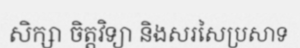
សិក្សា ចិត្តវិទ្យា និងសរសៃប្រសាទ